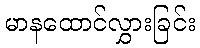
မာနထောင်လွှားခြင်း